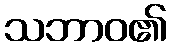
သဘာဝ၏